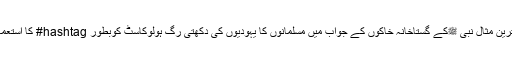
بہترین مثال نبی ﷺکے گستاخانہ خاکوں کے جواب میں مسلمانوں کا یہودیوں کی دکھتی رگ ہولوکاسٹ کوبطور hashtag# کا استعمال۔